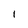
Character: I